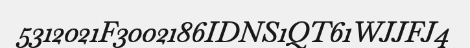
5312021F3002186IDNS1QT61WJJFJ4